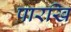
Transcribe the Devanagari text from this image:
पारखि